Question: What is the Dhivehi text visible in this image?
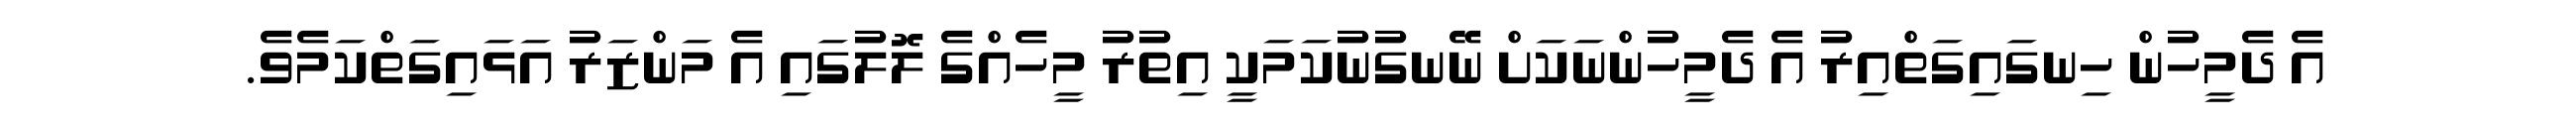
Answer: އެ ދެމީހުން ހިނގައިގަތްއިރު އެ ދެމީހުންނަކަށް ނޭނގުނުކަމަކީ އިތުރު މީހެއްގެ ލޮލުގައި އެ މަންޒަރު އަޅައިގަތްކަމެވެ.